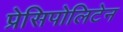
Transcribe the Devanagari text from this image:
प्रेसिपोलिटेन